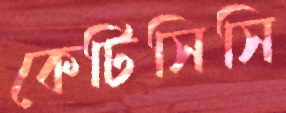
কেটিসিসি